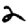
Digit: 2